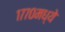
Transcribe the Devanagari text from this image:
१७७०मध्ये